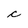
Character: c